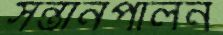
সন্তানপালন